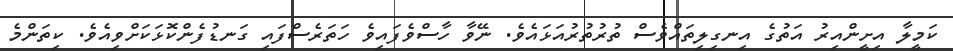
ކަމީލާ އިށީންއިރު އަތުގެ އިނގިލިތައްވެސް ތުރުތުރުއަޅައެވެ. ނޭވާ ހާސްވެފައިވެ ހަތަރެސްފައި ގަނޑުފެންކޮޅަކަށްވިއެވެ. ކިތަންމެ